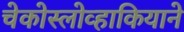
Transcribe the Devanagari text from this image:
चेकोस्लोव्हाकियाने